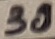
Text: 38